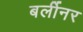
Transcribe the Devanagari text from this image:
बर्लीनर